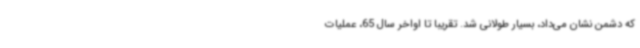
که دشمن نشان می‌داد، بسیار طولانی شد. تقریباً تا اواخر سال 65، عملیات